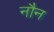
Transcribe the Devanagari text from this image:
नौन